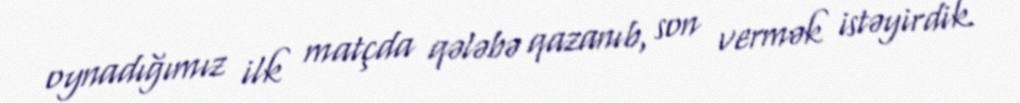
oynadığımız ilk matçda qələbə qazanıb, son vermək istəyirdik.